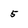
Character: 5